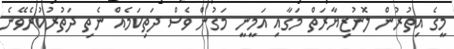
މީގެ އިތުރުން ލޮނުޒިޔާރަތް މަގާއި އަމީނީ މަގުން ވެސް ދަތިކަމެއް ނެތި ދަތުރުކުރެވޭނެ